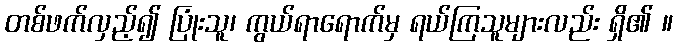
တစ်ဖက်လှည့်၍ ပြုံးသူ၊ ကွယ်ရာရောက်မှ ရယ်ကြသူများလည်း ရှိ၏ ။